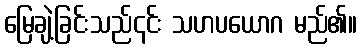
မြေချဲ့ခြင်းသည်၎င်း သဟပယောဂ မည်၏။